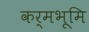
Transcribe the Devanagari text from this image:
कर्मभूमि